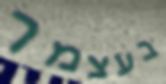
בעצמך